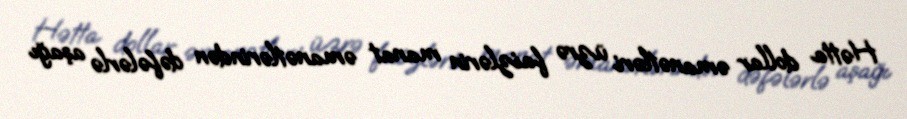
Hətta dollar əmanətləri üzrə faizlərin manat əmanətlərindən dəfələrlə aşağı